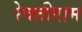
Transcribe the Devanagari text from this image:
रेवतीराम